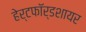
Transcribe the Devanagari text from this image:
हेर्टफाॅर्डशायर